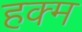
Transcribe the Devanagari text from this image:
हक्म